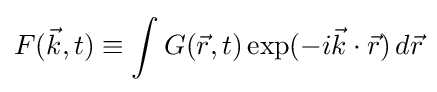
F({\vec {k}},t)\equiv \int G({\vec {r}},t)\exp(-i{\vec {k}}\cdot {\vec {r}})\,d{\vec {r}}